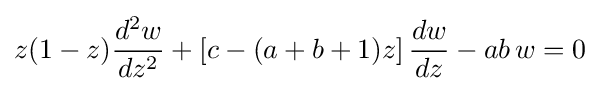
z(1-z){\frac {d^{2}w}{dz^{2}}}+\left[c-(a+b+1)z\right]{\frac {dw}{dz}}-ab\,w=0